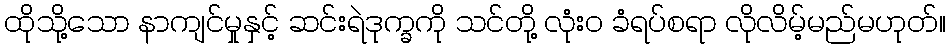
ထိုသို့သော နာကျင်မှုနှင့် ဆင်းရဲဒုက္ခကို သင်တို့ လုံးဝ ခံရပ်စရာ လိုလိမ့်မည်မဟုတ်။